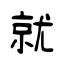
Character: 就